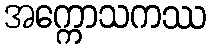
အက္ကောသကဿ